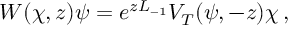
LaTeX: W ( \chi , z ) \psi = e ^ { z L _ { - 1 } } V _ { T } ( \psi , - z ) \chi \, ,